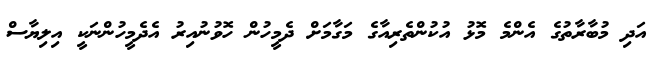
އަދި މުބާރާތުގެ އެންމެ މޮޅު އުކުންތެރިއާގެ މަގާމަށް ދެމީހުން ހޮވުނުއިރު އެދެމީހުންނަކީ އިލިޔާސް